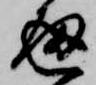
通